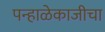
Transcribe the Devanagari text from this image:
पन्हाळेकाजीचा